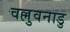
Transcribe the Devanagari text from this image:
वल्लुवनाडु